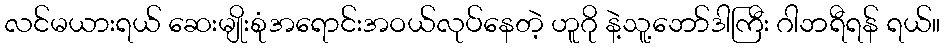
လင်မယားရယ် ဆေးမျိုးစုံအရောင်းအဝယ်လုပ်နေတဲ့ ဟူဂို နဲ့သူ့ဘော်ဒါကြီး ဂါဘရီရန် ရယ်။